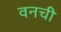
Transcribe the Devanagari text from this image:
वनची